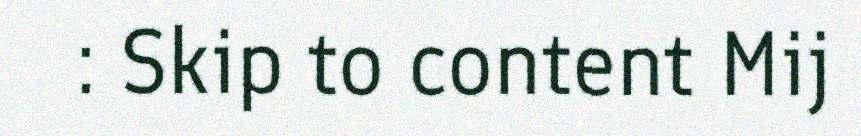
: Skip to content Mij